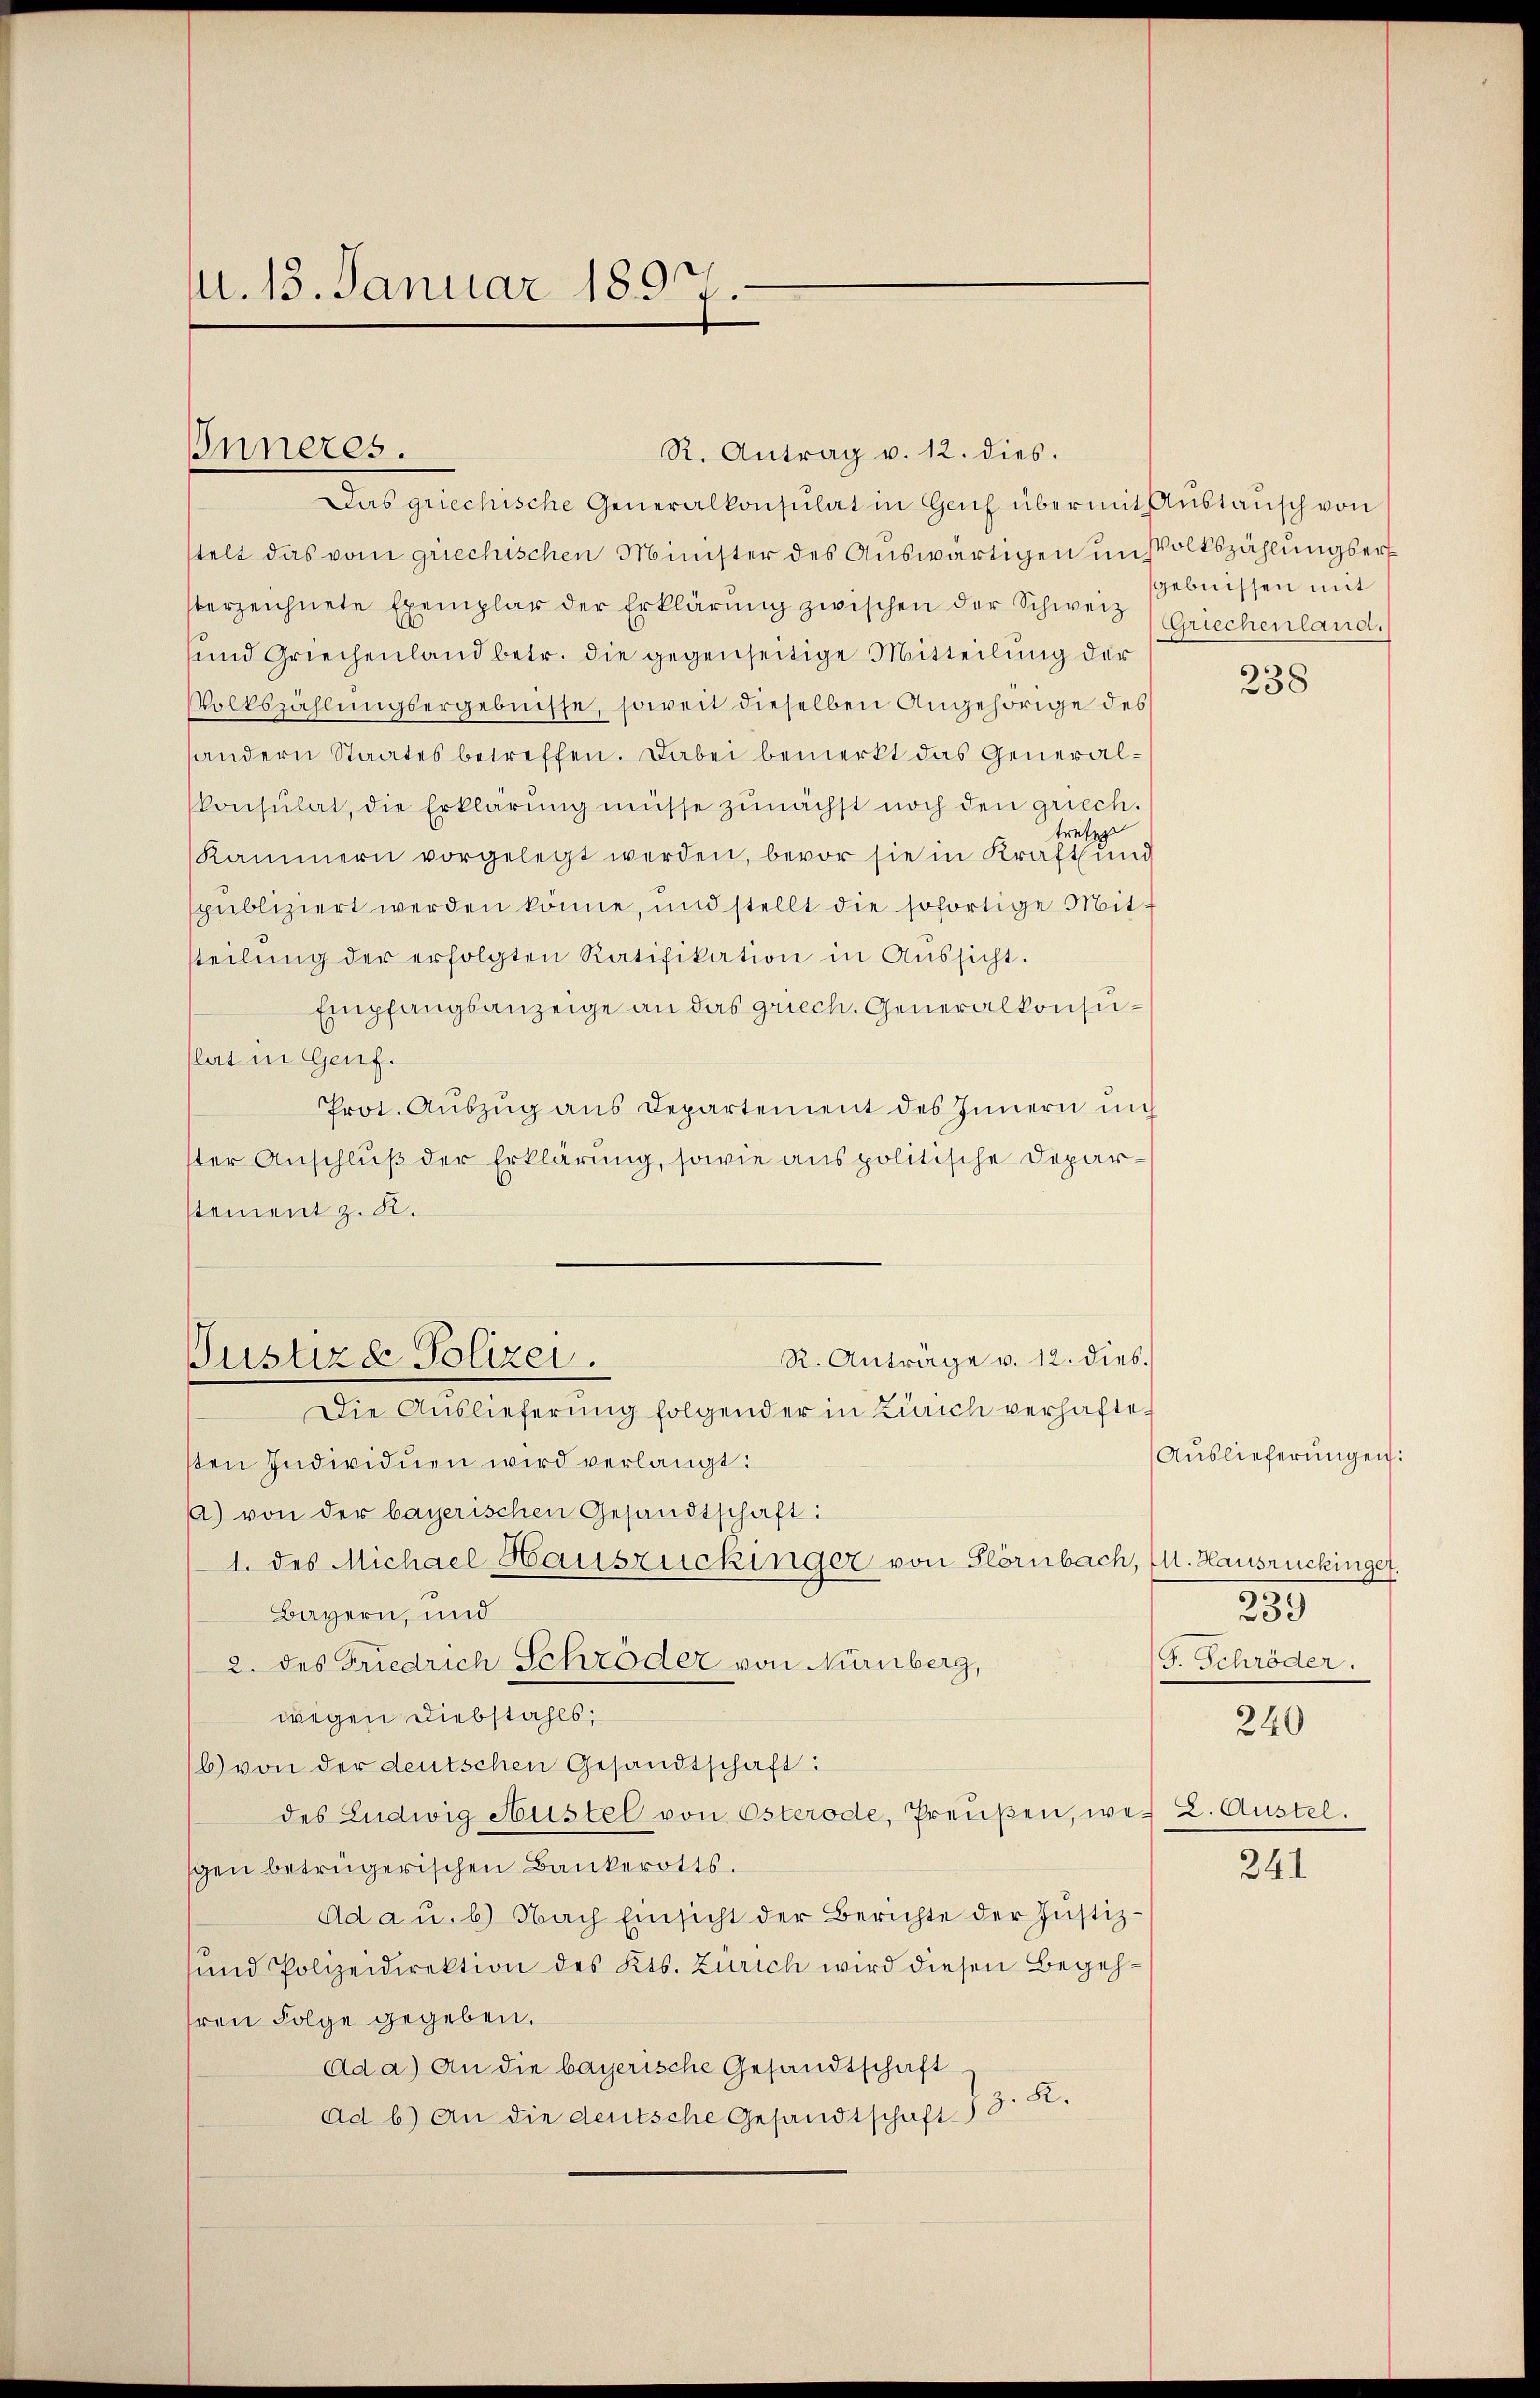
M. 13. Januar 1897.

R. Antrag v. 12. dies.
Das griechische Generalkonsulat in Genf über mit Austausch von
stelt das vom griechischen Minister des Auswärtigen unsolkszählungsers
berzeichnete Exemplar der Erklärung zwischen der Schweiz (Griechenland.
und Griechenland betr. die gegenseitige Mitteilung der
Volkszählŭngsergebnisse, soweit dieselben Angehörige des
handern Staates betreffen. Dabei bemerkt das Generalkonsulat, die Erklärung müsse zunächst noch den griech.
treten
Kammern vorgelegt werden, bevor sie in Kraft und
spubliziert werden könne, und stellt die sofortige Mitsteilŭng der erfolgten Ratifikation in Aŭssicht.
Empfangsanzeige an das griech. Generalkonsulat in Genf.
Prot. Aŭszŭg ans Departement des Innern un
ster Anschluß der Erklärung, sowie aus politische Deparstement z. R.
R. Anträge v. 12. dies.
Justiz & Polizei.
Die Auslieferung folgender in Zürich verhaftesten Individuen wird verlangt:
) von der bayerischen Gesandtschaft:
1. des Michael Hauszückinger von Glörnbach, Cl. Hausrückinger
Bayern, und
2. des Friedrich Schröder von Nürnberg,
wegen Diebstahls,
b) von der deutschen Gesandtschaft:
des Ludwig Hustel von Osterode, Preußen, wes 2. Austel
sgen betrügerischen Bankerotts.
Ad a u. b) Nach Einsicht der Berichte der Justiz¬
und Polizeidirektion des Kts. Zürich wird diesen Begehhren Folge gegeben.
ad a.) An die bayerische Gesandtschaft
ad b.) An die deutsche Gesandtschaft 33: K.

Inneres.

gebnissen mit

238

Auslieferungen:
259
G. Schröder.
240

241